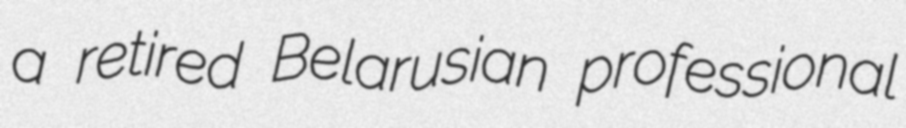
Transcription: a retired Belarusian professional